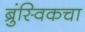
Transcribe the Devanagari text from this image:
ब्रुंस्विकचा